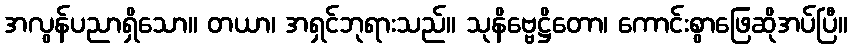
အလွန်ပညာရှိသော။ တယာ၊ အရှင်ဘုရားသည်။ သုနိဗ္ဗေဋ္ဌိတော၊ ကောင်းစွာဖြေဆိုအပ်ပြီ။